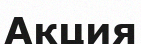
Акция